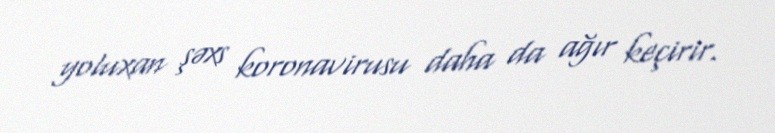
yoluxan şəxs koronavirusu daha da ağır keçirir.